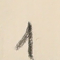
1